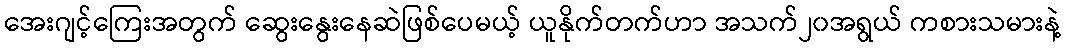
အေးဂျင့်ကြေးအတွက် ဆွေးနွေးနေဆဲဖြစ်ပေမယ့် ယူနိုက်တက်ဟာ အသက်၂၀အရွယ် ကစားသမားနဲ့